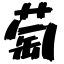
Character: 萄